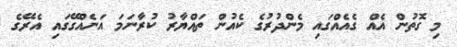
މި ގޮތުން އެއް ގެއެއްގައި މެންދުރުގެ ކެއުން ތައްޔާރު ކުރާނަމަ އަނެއްގޭގައި އެރޭގެ